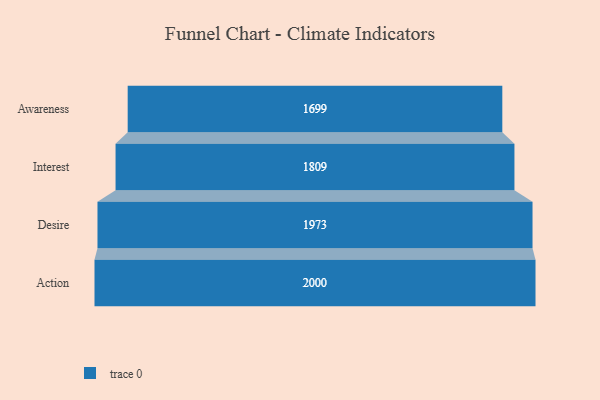
{"axis": {"x": "Stage", "y": "Value"}, "legend": [""], "data": [{"x": "Awareness", "y": 1699.0, "type": ""}, {"x": "Interest", "y": 1809.0, "type": ""}, {"x": "Desire", "y": 1973.0, "type": ""}, {"x": "Action", "y": 2000, "type": ""}]}